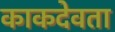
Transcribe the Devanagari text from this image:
काकदेवता